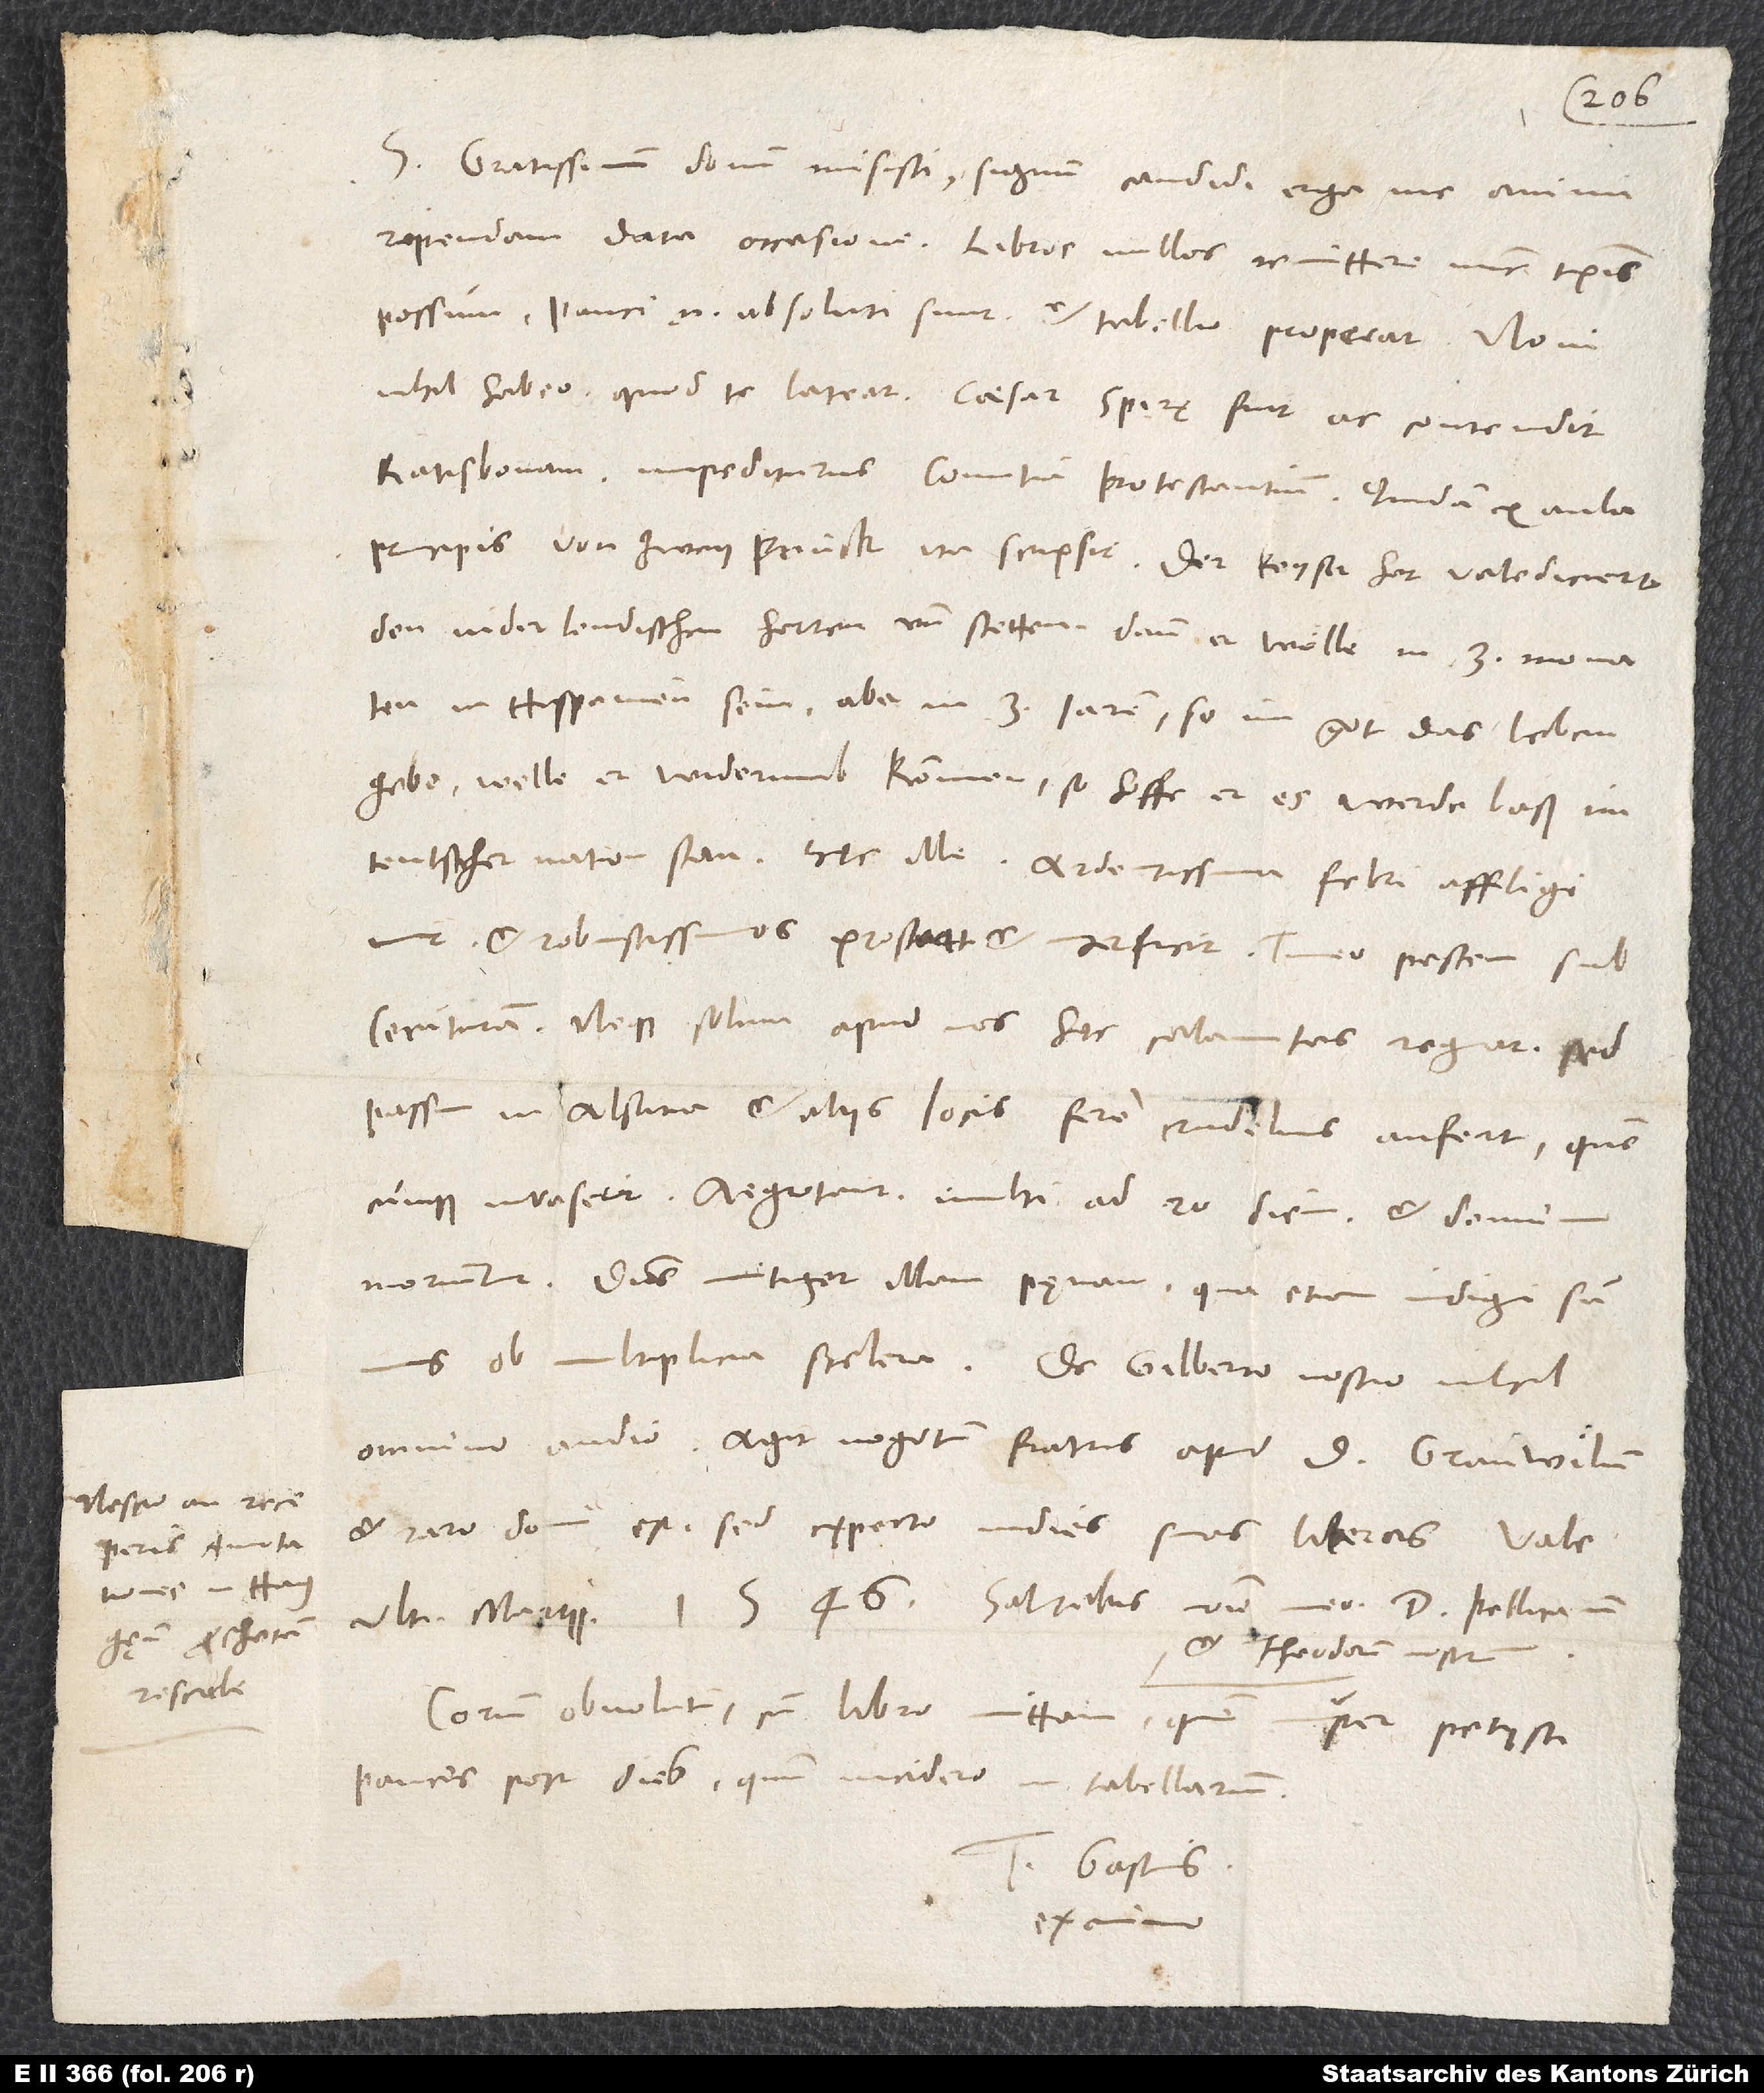
Nescio, an receperis
Rescribe.

S. Gratissimum donum misisti, signum candidi erga me animi.
Rependam data occasione. Libros nullos remittere nunc temporis
possum; pauci enim absoluti sunt, et tabellio properat.
nihil habeo, quod te lateat. Caesar Spirę fuit ac contendit
Ratisbonam impediturus comitia protestantium. Quidam ex aula
principis von Zweyprück ita scripsit: Der keyser hat valediciert
den niderlendischen herren und stetten, dann er wölle in 3 monaten
in Hispanien sein, aber in 3 jaren, so im got das leben
gebe, welle er widerumb kommen. So hoffe er, es werde baß im
et robustissimos prostrat et interficit. Timeo pestem
subsecuturam. Neque solum apud nos hęc calamitas regnat, sed
passim in Alsatia et aliis locis fere crudelius aufert, quemcunque
moriuntur. Dominus mitiget illam pęnam, qua etiam indigi sumus
omnino audio. Agit negotium fratris apud d. Granvilum
et raro domi est; sed expecto indies suas literas. Vale.
Ultima martii 1546. Salutabis nomine meo d. Pellicanum
et Theodorum nostrum.
Corium obvolutum cum libro mittam, quem nuper petiisti,
paucos post dies, quum incidero in tabellarium.
Tuus Gastius
ex animo.